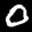
Label: 0